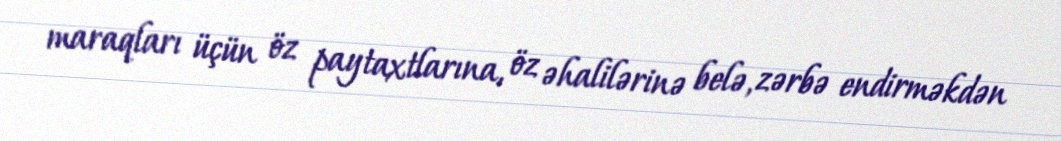
maraqları üçün öz paytaxtlarına, öz əhalilərinə belə, zərbə endirməkdən